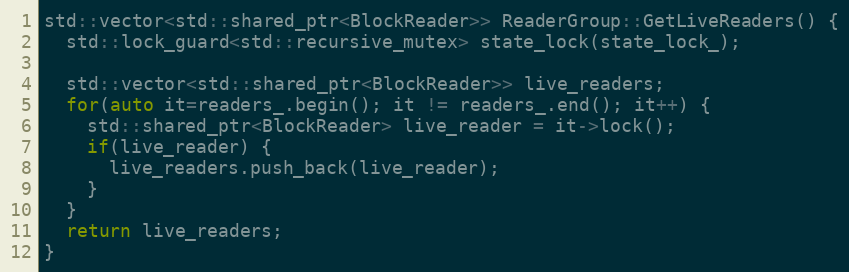
Language: C++
std::vector<std::shared_ptr<BlockReader>> ReaderGroup::GetLiveReaders() {
  std::lock_guard<std::recursive_mutex> state_lock(state_lock_);

  std::vector<std::shared_ptr<BlockReader>> live_readers;
  for(auto it=readers_.begin(); it != readers_.end(); it++) {
    std::shared_ptr<BlockReader> live_reader = it->lock();
    if(live_reader) {
      live_readers.push_back(live_reader);
    }
  }
  return live_readers;
}